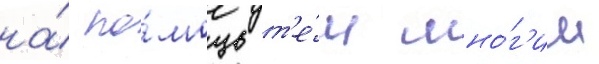
на́ по́мощь т'е́м мно́г'им